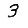
Digit: 3